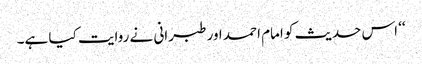
‘‘ اس حدیث کو امام احمد اور طبرانی نے روایت کیا ہے۔